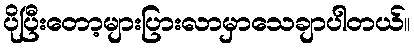
ပိုပြီးတော့များပြားလာမှာသေချာပါတယ်။